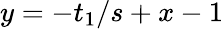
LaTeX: y=-t_{1}/s+x-1